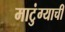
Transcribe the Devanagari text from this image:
माटुंग्याची